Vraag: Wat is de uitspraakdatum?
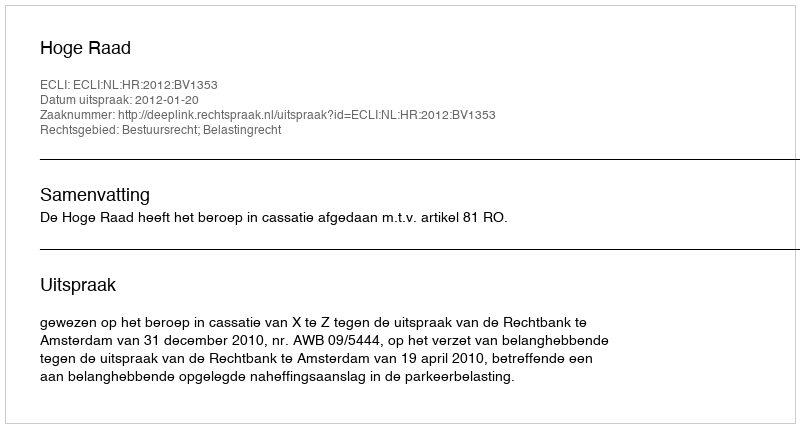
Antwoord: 2012-01-20